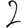
Digit: 2